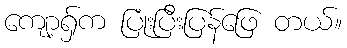
ကျော့ရှ်က ပြုံးပြီးပြန်ဖြေ တယ်။